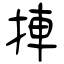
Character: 捙